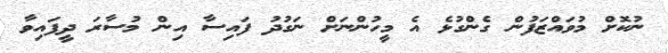
ނުކޮށް މުވައްޒަފުން ގެންގުޅެ އެ މީހުންނަށް ނަގުދު ފައިސާ އިން މުސާރަ ދީފައިވާ